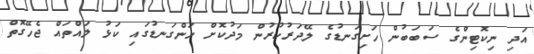
އަދި ނިކޮޓިންގެ ސަބަބުން ހަށިގަނޑުގެ ލޭދަރުކުރުން މަދުކޮށް ހަންގަނޑުގައި ކަޅު ލައްތައް ޖެހޭގޮތް